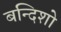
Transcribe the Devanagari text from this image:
बन्दिशो